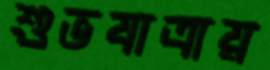
শুভযাত্রায়